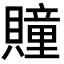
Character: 𧸌